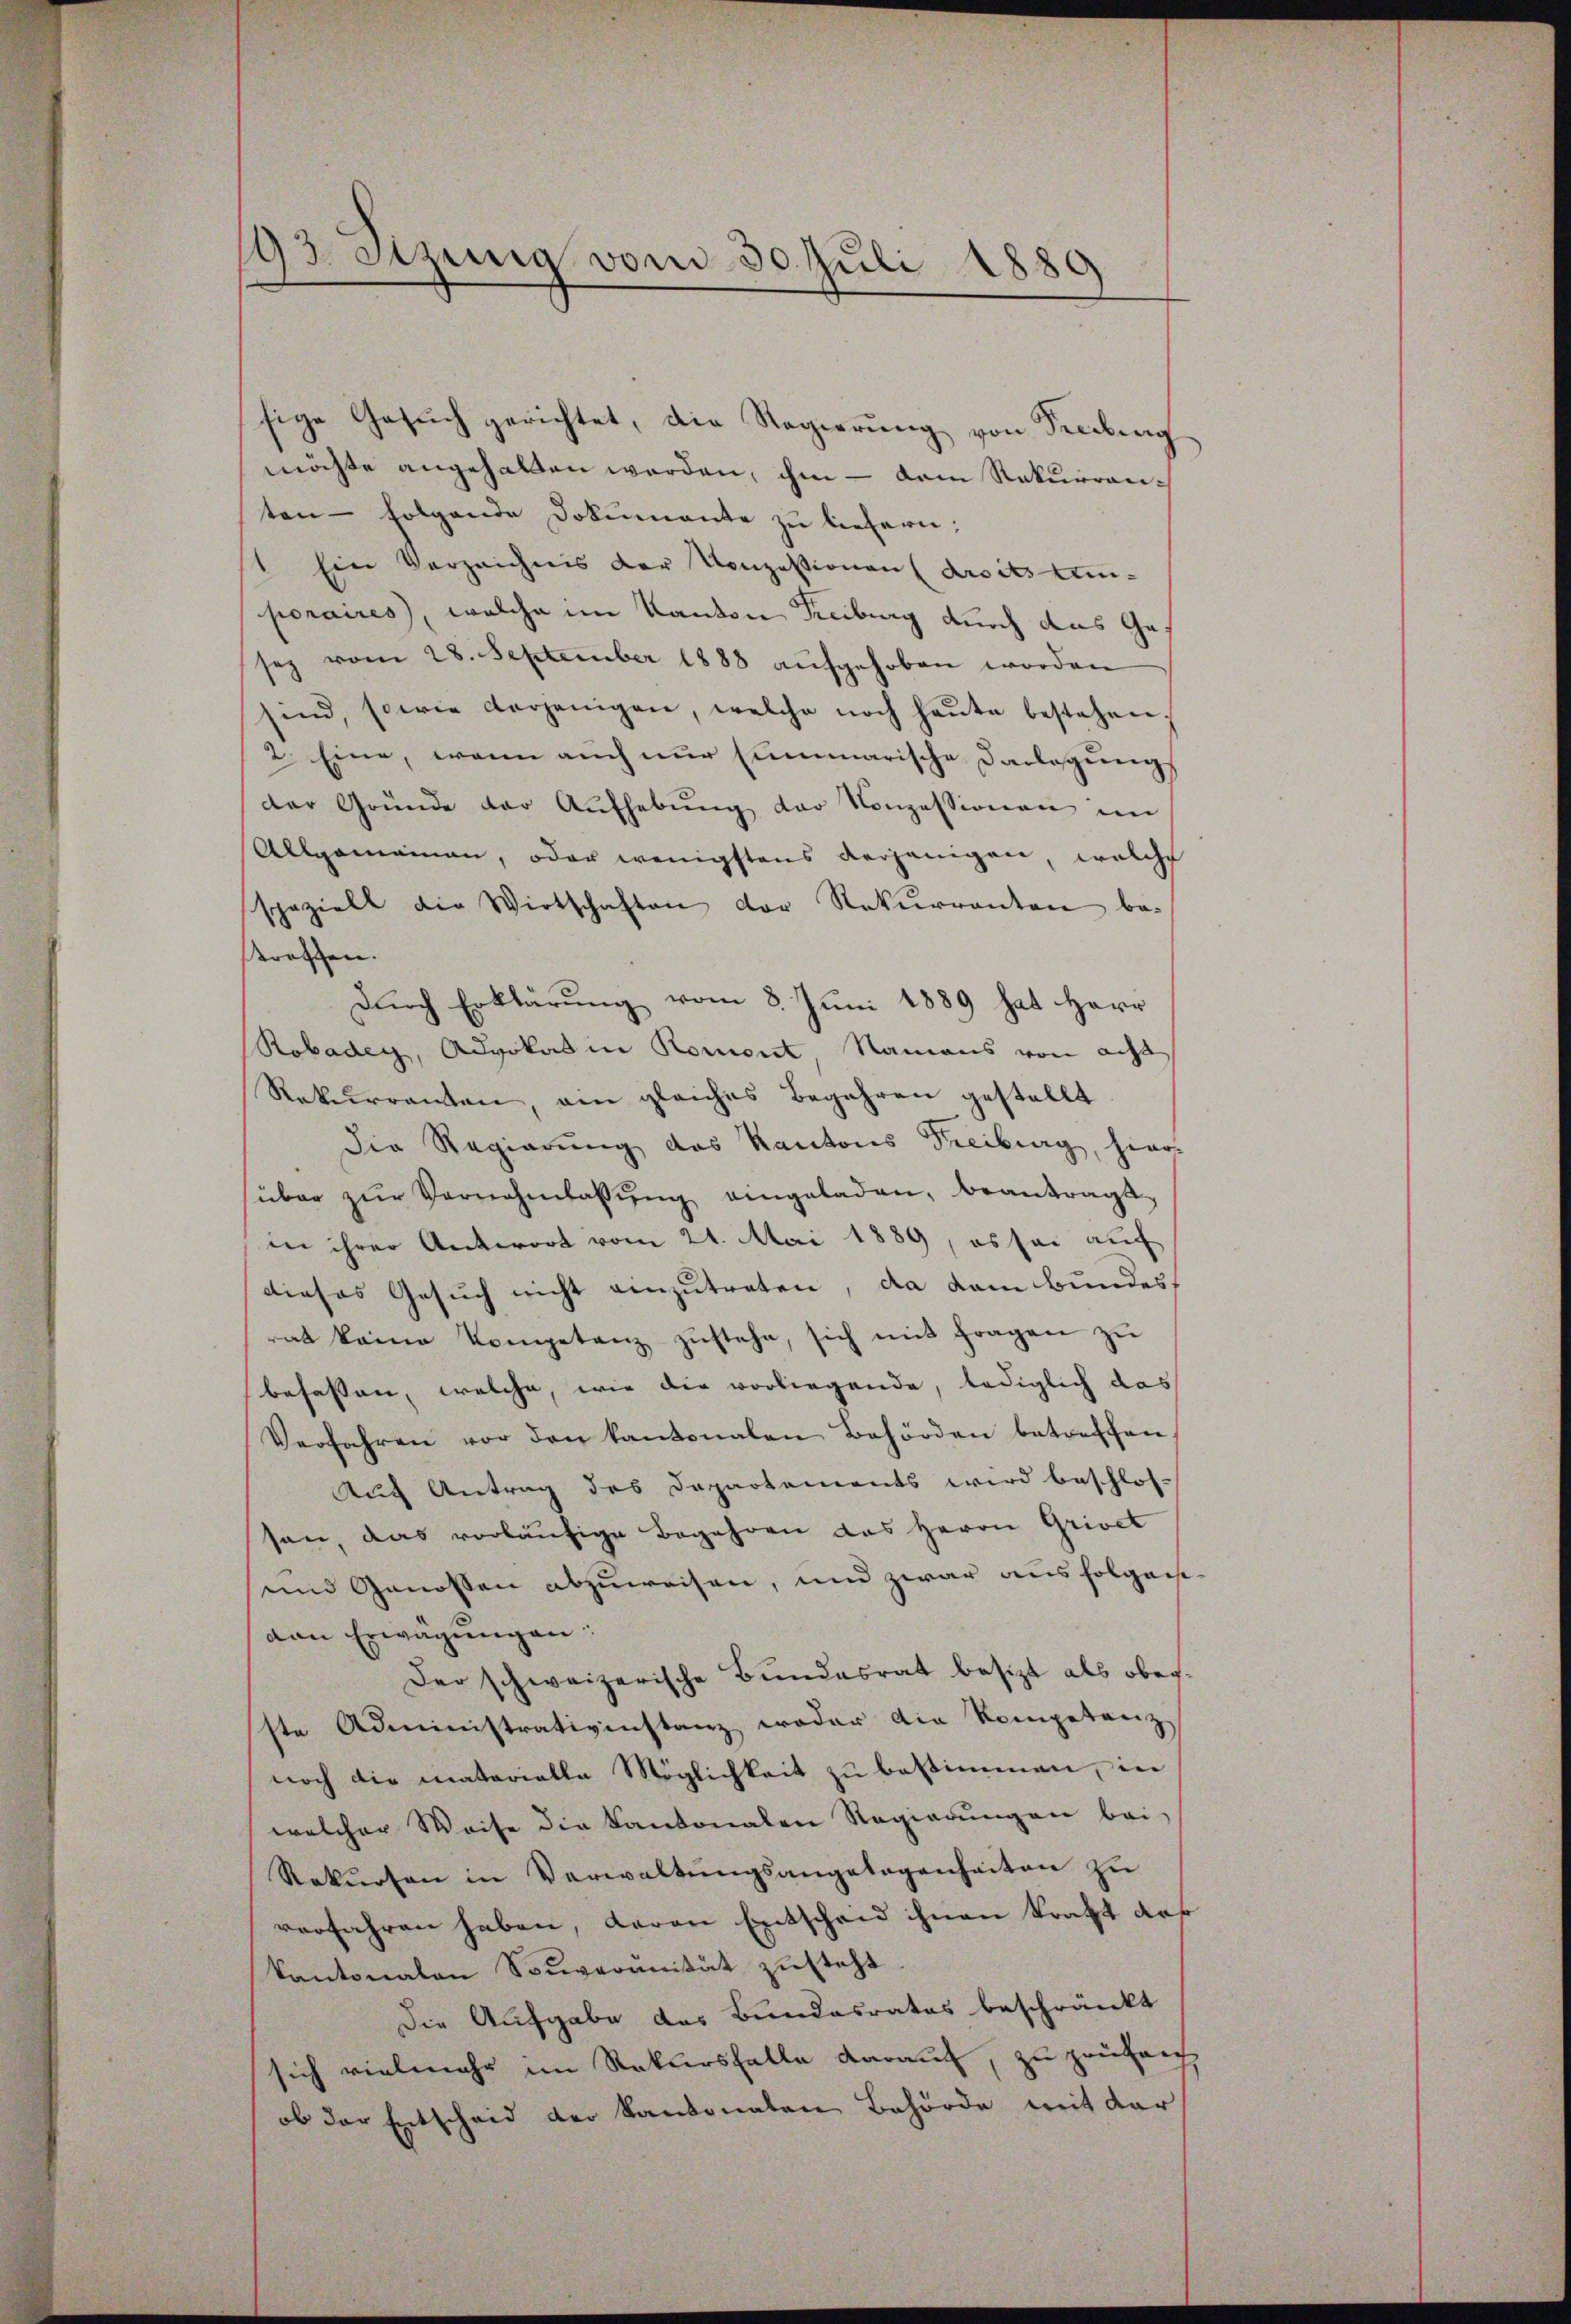
193. Sitzung vom 30. Juli 1880

sige Gesŭch gerichtet, die Regierŭng von Freibung
möchte angehalten werden, ihm – dem Rekurrenten folgende Dokumente zu liefern;
1 Ein Verzeichnis der Konzessionen droits meinporaires, welche im Kanton Freiburg durch das Ga
sez vom 28. September 1888 aŭfgehoben worden
sind, sowie derjenigen, welche noch heŭte bestehen,
2. Eine, wenn auch nur summarische Darlegungs
der Gründe der Aŭfhebŭng der Konzessionen im
Allgemeinen, oder wenigstens derjenigen, welche
spezielt die Wirtschaften der Rekurrenten be-
treffen.
Durch Erklärung vom 8. Juni 1889 hat Herr
Robadey, Advokat in Romont, Namens von acht
Rekurrenten, ein gleiches Begehren gestellt
die Regierung des Kantons Freiburg, hier
über zŭr Vernehmlassŭng eingeladen, beantragt,
in ihrer Antwort vom 21. Mai 1889, es sei auf
dieses Gesuch nicht einzutreten, da dem Bundes
rat keine Kompetenz zŭstehe, sich mit fragen zŭ
befassen, welche, wie die vorliegende, lediglich das
Verfahren vor den kantonalen Behörden betreffen,
Auf Antrag des Departements wird beschlossen, das vorläufige Begehren das Herrn Grivet
und Genossen abzuweisen, und zwar aus folgen
den Erwägungen:
Der schweizerische Bundesrat besitzt als oberste Administrativenstanz weder die Kompetenz
noch die materialle Möglichkeit zu bestimmen, in
welcher Weise die Kantonalen Regierŭngen bei
Rekŭrsen in Verwaltŭngsangelegenheiten zu
verfahren haben, daren Entscheid ihnen kraft des
kantonalen Souveranität zusteht
Die Aufgabe des Bundesrates beschränkt
sich vielmehr im Rekursfalle darauf, zu prüfen
ob der Entscheid der Kantonalen Behörde mit der